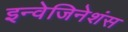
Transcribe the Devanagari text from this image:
इन्वेजिनेशंस